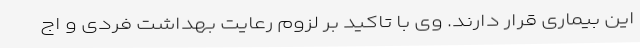
این بیماری قرار دارند. وی با تاکید بر لزوم رعایت بهداشت فردی و اج